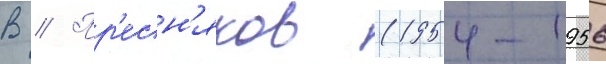
В // Пр'есн'яков (1954-1956